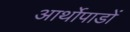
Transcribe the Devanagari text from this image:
आर्थोपाडों